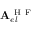
\mathbf { A } _ { e l } ^ { \mathrm { ~ H ~ F ~ } }